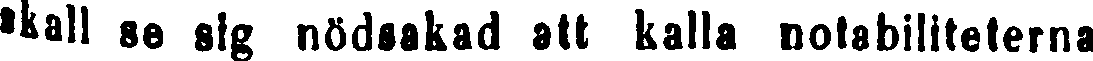
skall se sig nödsakad att kalla notabiliteterna